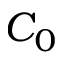
C _ { 0 }